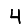
Digit: 4